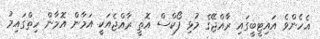
އެހެންވެ އައިޓީބީގައި ރާއްޖޭގެ މުޅި ފޯކްސް އޮތީ ރާއްޖެއަކީ އަމާން އޮމާން ހިތްގައިމު